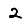
Digit: 2